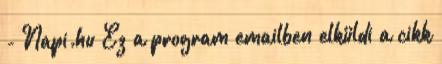
- Napi.hu Ez a program emailben elküldi a cikk